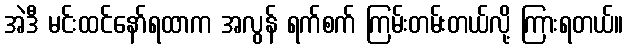
အဲဒီ မင်းထင်နော်ရထာက အလွန် ရက်စက် ကြမ်းတမ်းတယ်လို့ ကြားရတယ်။